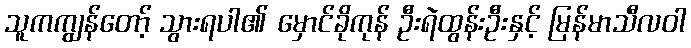
သူကကျွန်တော့် သွားရပါ၏ မှောင်ခိုကုန် ဦးရဲထွန်းဦးနှင့် မြန်မာသီလဝါ